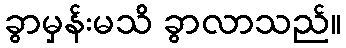
ခွာမှန်းမသိ ခွာလာသည်။